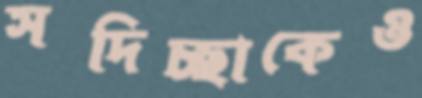
সদিচ্ছাকেও